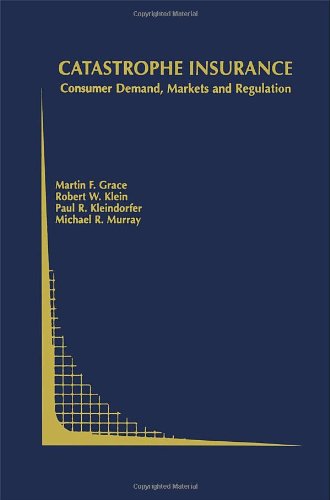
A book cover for Catastrophe Insurance: Consumer Demand, Markets and Regulation (Topics in Regulatory Economics and Policy); Martin F. Grace; Business & Money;